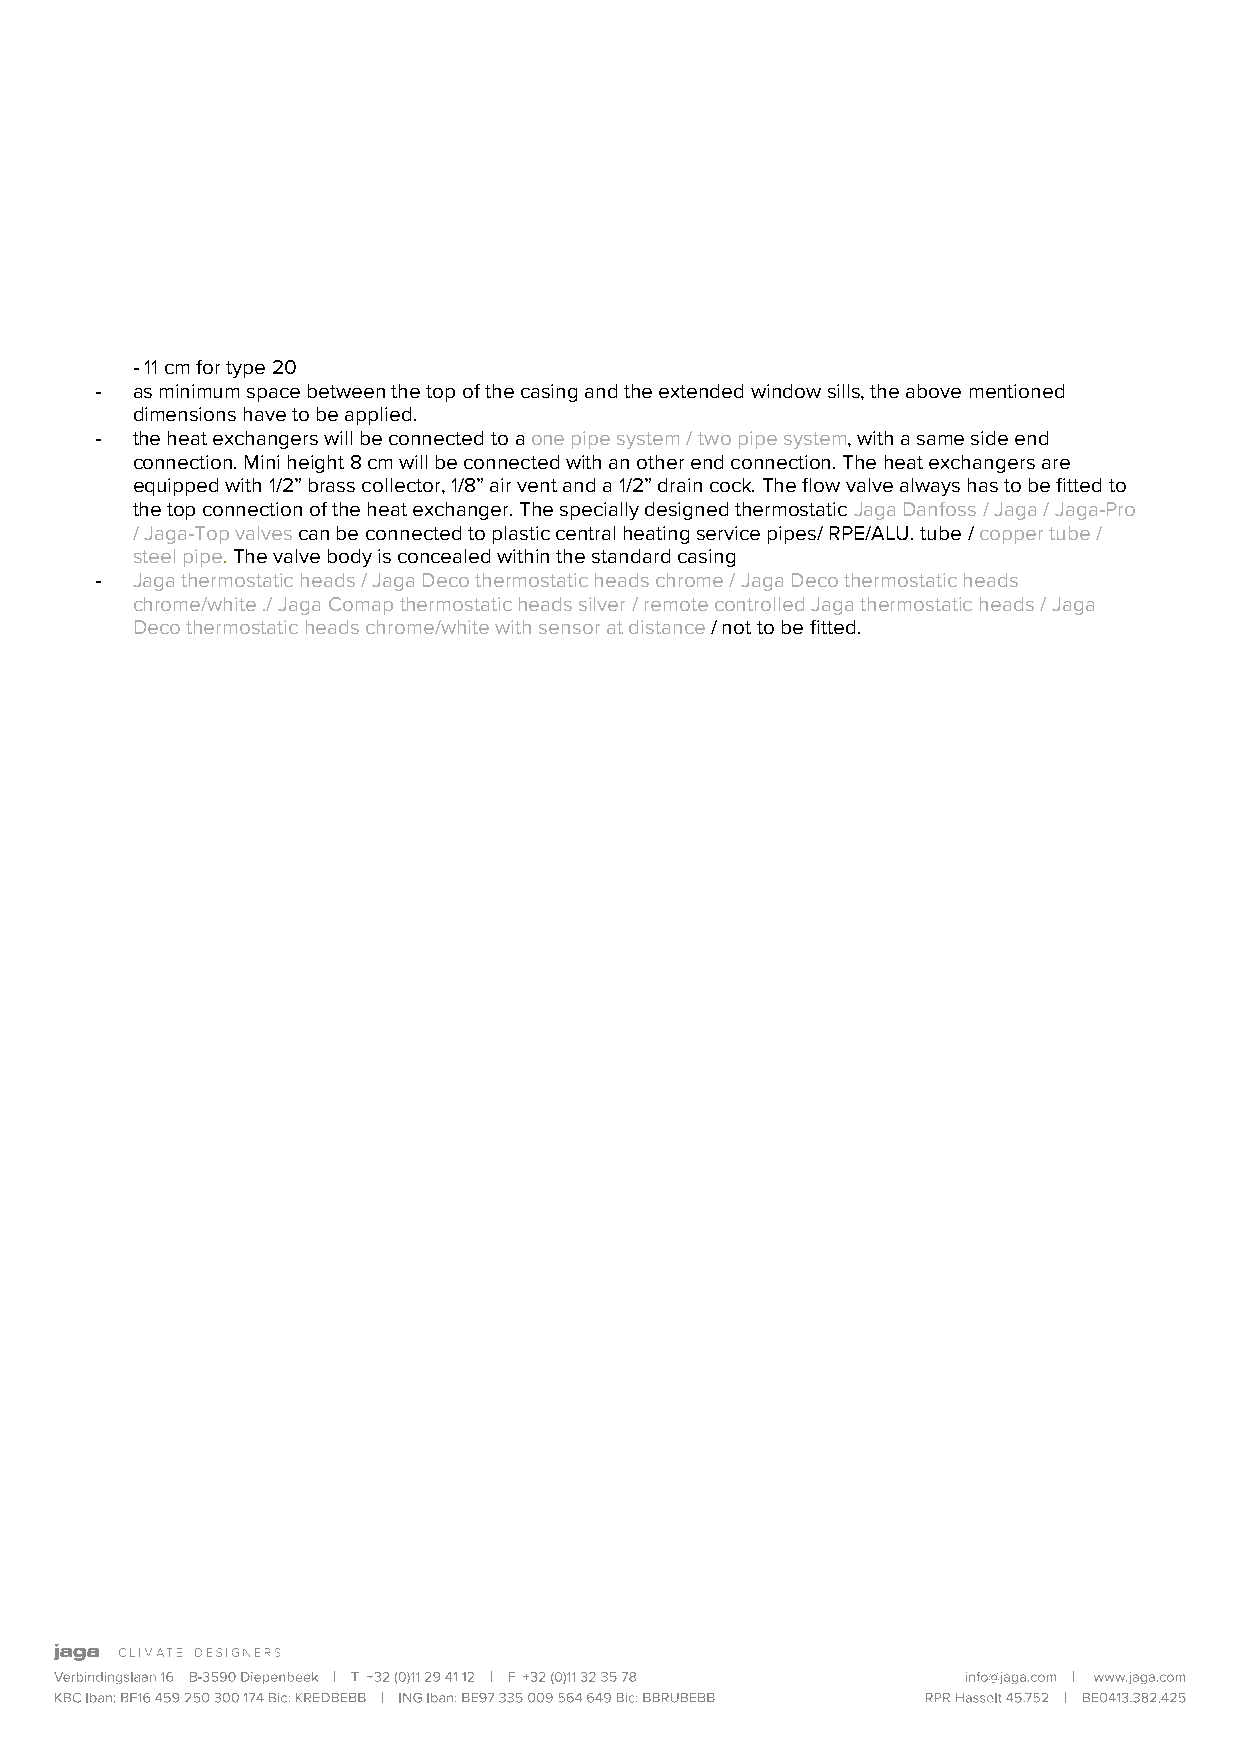
- 11 cm for type 20
 -  as minimum space between the top of the casing and the extended window sills, the above mentioned
 dimensions have to be applied.
 -  the heat exchangers will be connected to a one pipe system / two pipe system, with a same side end
 connection. Mini height 8 cm will be connected with an other end connection. The heat exchangers are
 equipped with 1/2” brass collector, 1/8” air vent and a 1/2” drain cock. The flow valve always has to be fitted to
 the top connection of the heat exchanger. The specially designed thermostatic Jaga Danfoss / Jaga / Jaga-Pro
 / Jaga-Top valves can be connected to plastic central heating service pipes/ RPE/ALU. tube / copper tube /
 steel pipe. The valve body is concealed within the standard casing
 -  Jaga thermostatic heads / Jaga Deco thermostatic heads chrome / Jaga Deco thermostatic heads
 chrome/white ./ Jaga Comap thermostatic heads silver / remote controlled Jaga thermostatic heads / Jaga
 Deco thermostatic heads chrome/white with sensor at distance / not to be fitted.